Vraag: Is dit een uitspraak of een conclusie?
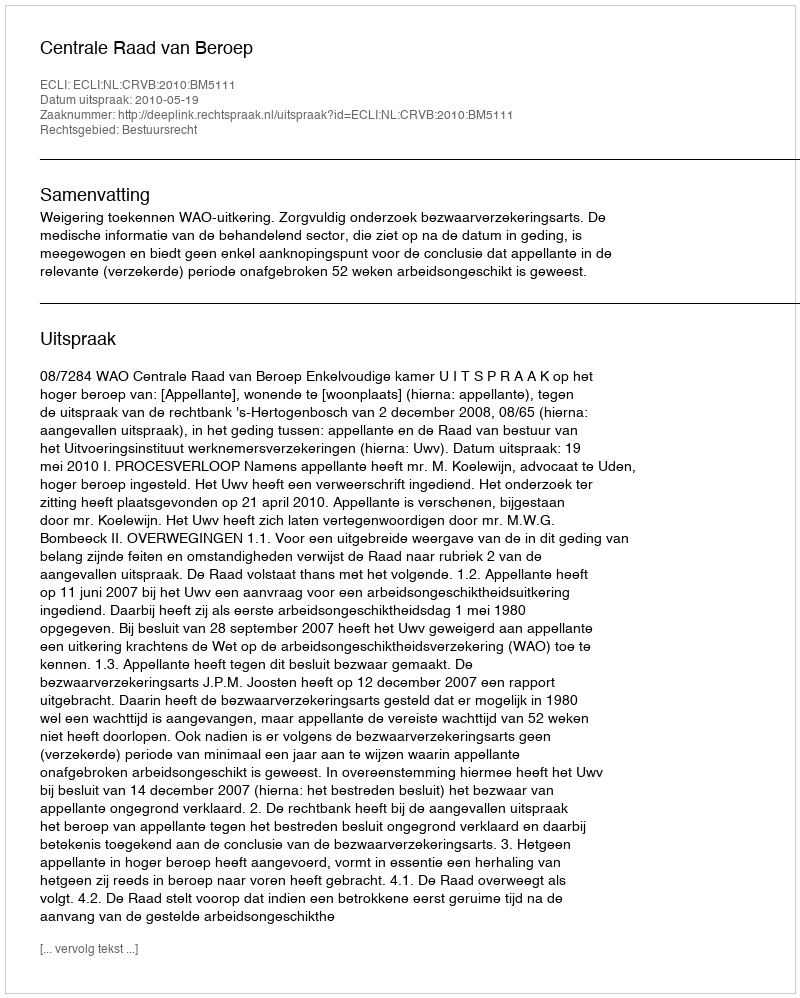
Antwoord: Uitspraak